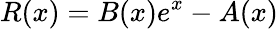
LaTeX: R(x)=B(x)e^{x}-A(x)